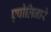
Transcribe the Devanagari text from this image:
एपोलिनारे